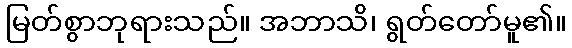
မြတ်စွာဘုရားသည်။ အဘာသိ၊ ရွတ်တော်မူ၏။